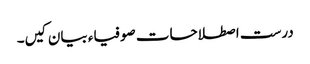
درست اصطلاحات صوفیاء بیان کیں۔